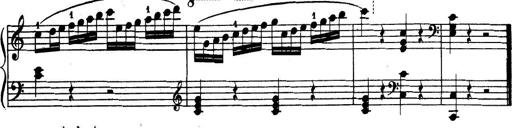
Title: 32 Sonatinas and Rondos for the Piano
Composer: Richard Kleinmichel